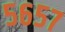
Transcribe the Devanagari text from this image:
५६५७